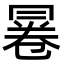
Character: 㒽